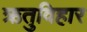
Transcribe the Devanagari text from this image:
ऋतुविहार